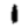
Digit: 1